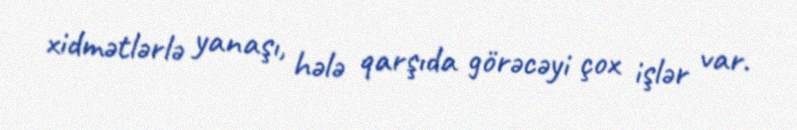
xidmətlərlə yanaşı, hələ qarşıda görəcəyi çox işlər var.